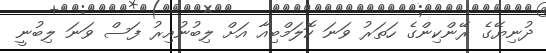
ދުނިޔޭގެ ރޭންކިންގެ ހަތަރު ވަނަ ކޮލަމްބިއާ އަށް ލިބުނުއިރު ފަސް ވަނަ ލިބުނީ